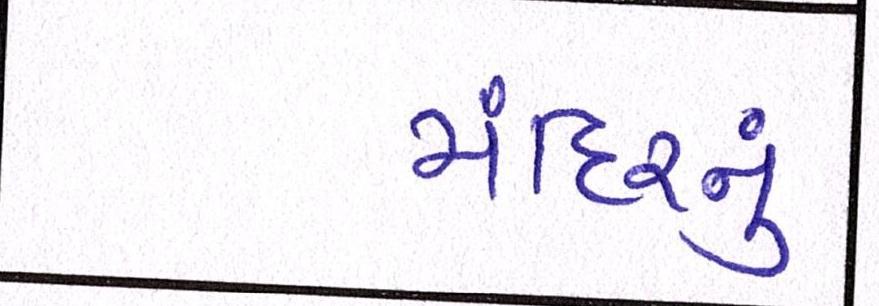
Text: મંદિરનું